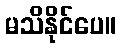
မသိနိုင်ပေ။